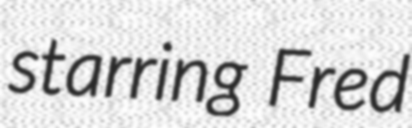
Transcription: starring Fred